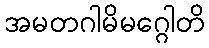
အမတဂါမိမဂ္ဂေါတိ